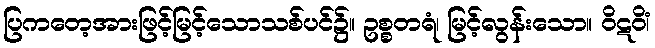
ပြကတေ့အားဖြင့်မြင့်သောသစ်ပင်၌။ ဥစ္စတရံ၊ မြင့်လွန်းသော။ ဝိဋဝိံ၊